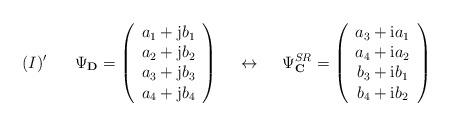
LaTeX: \begin{align*}(I)' \hspace{7mm} \Psi_{\bf D} =\left(\begin{array}{c}a_1 +{\rm j}b_1 \\a_2 +{\rm j}b_2 \\a_3 +{\rm j}b_3 \\a_4 +{\rm j}b_4\end{array}\right) \hspace{5mm} \leftrightarrow \hspace{5mm}\Psi^{SR}_{\bf C} =\left(\begin{array}{c}a_3+{\rm i}a_1 \\a_4+{\rm i}a_2 \\b_3+{\rm i}b_1 \\b_4+{\rm i}b_2\end{array}\right) \end{align*}